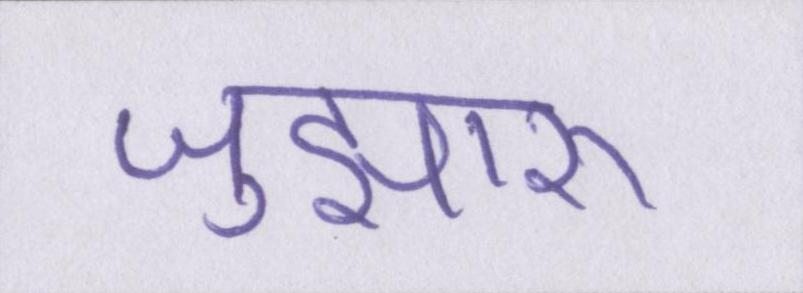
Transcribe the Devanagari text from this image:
जुझारू